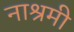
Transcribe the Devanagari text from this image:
नाश्रमी